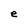
Character: e